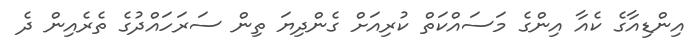
އިންޑިއާގެ ކެއާ އިންގެ މަސައްކަތް ކުރިއަށް ގެންދިޔަ ތިން ސަރަހައްދުގެ ތެރެއިން ދެ